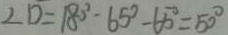
\angle D = 1 8 0 ^ { \circ } - 6 5 ^ { \circ } - 6 5 ^ { \circ } = 5 0 ^ { \circ }